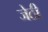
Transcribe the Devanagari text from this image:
जेठी